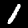
Digit: 1